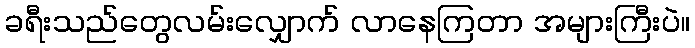
ခရီးသည်တွေလမ်းလျှောက် လာနေကြတာ အများကြီးပဲ။